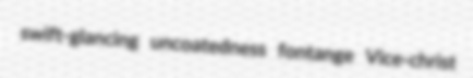
swift-glancing uncoatedness fontange Vice-christ